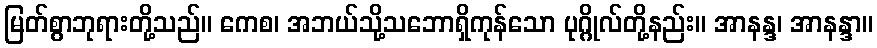
မြတ်စွာဘုရားတို့သည်။ ကေစ၊ အဘယ်သို့သဘောရှိကုန်သော ပုဂ္ဂိုလ်တို့နည်း။ အာနန္ဒ၊ အာနန္ဒာ။